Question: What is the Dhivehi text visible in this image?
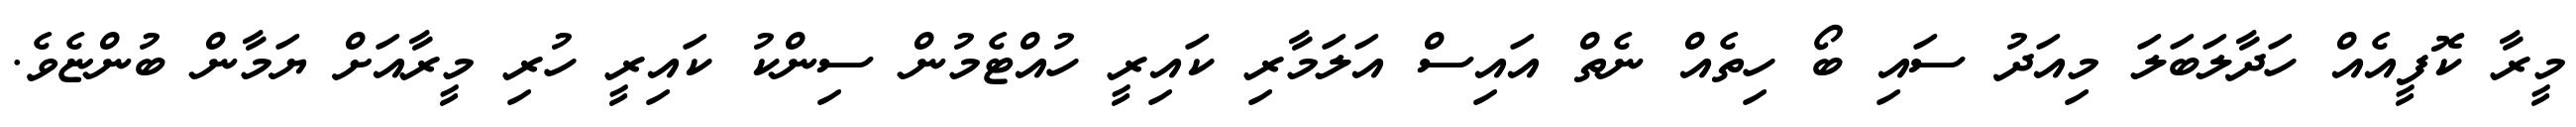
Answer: މީރާ ކޮފީއެއް ހަދާލަބަލަ މިއަދު ސައި ބޯ ހިތެއް ނެތް އައިސް އަލަމާރި ކައިރީ ހުއްޓެމުން ސިންކު ކައިރީ ހުރި މީރާއަށް ޔަމާން ބުންޏެވެ.